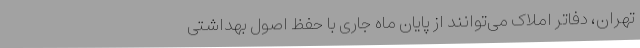
تهران، دفاتر املاک می‌توانند از پایان ماه جاری با حفظ اصول بهداشتی